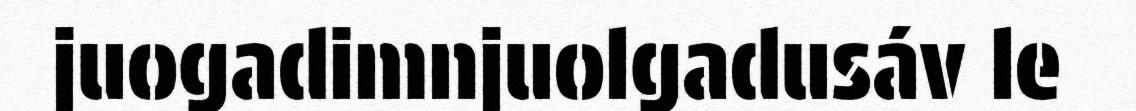
juogadimnjuolgadusáv le